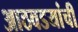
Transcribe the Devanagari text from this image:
आठवडयांची